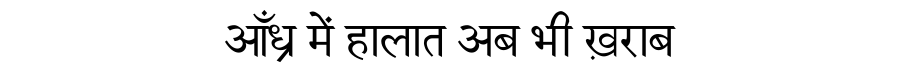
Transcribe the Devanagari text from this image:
आँध्र में हालात अब भी ख़राब